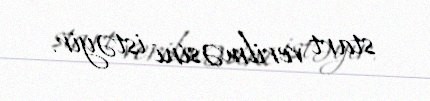
start verilməsini istəyir.